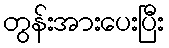
တွန်းအားပေးပြီး